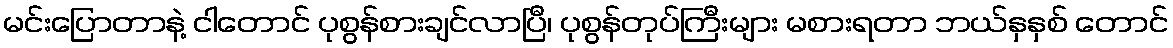
မင်းပြောတာနဲ့ ငါတောင် ပုစွန်စားချင်လာပြီ၊ ပုစွန်တုပ်ကြီးများ မစားရတာ ဘယ်နှနှစ် တောင်